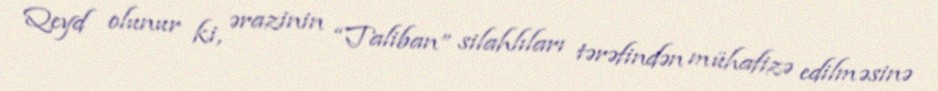
Qeyd olunur ki, ərazinin “Taliban” silahlıları tərəfindən mühafizə edilməsinə